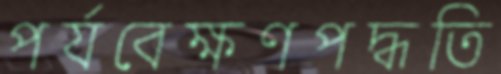
পর্যবেক্ষণপদ্ধতি